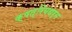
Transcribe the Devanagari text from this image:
क्षत्रियधर्म